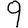
Digit: 9